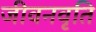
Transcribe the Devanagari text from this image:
जीवनवृति